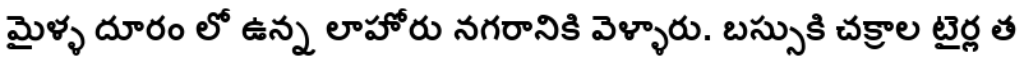
మైళ్ళ దూరం లో ఉన్న లాహోరు నగరానికి వెళ్ళారు. బస్సుకి చక్రాల టైర్ల త